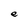
Character: e